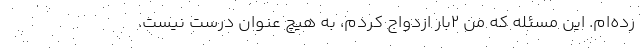
رده‌ام. این مسئله که من ۲بار ازدواج کردم، به هیچ عنوان درست نیست.